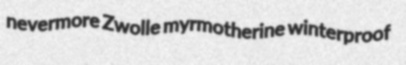
nevermore Zwolle myrmotherine winterproof